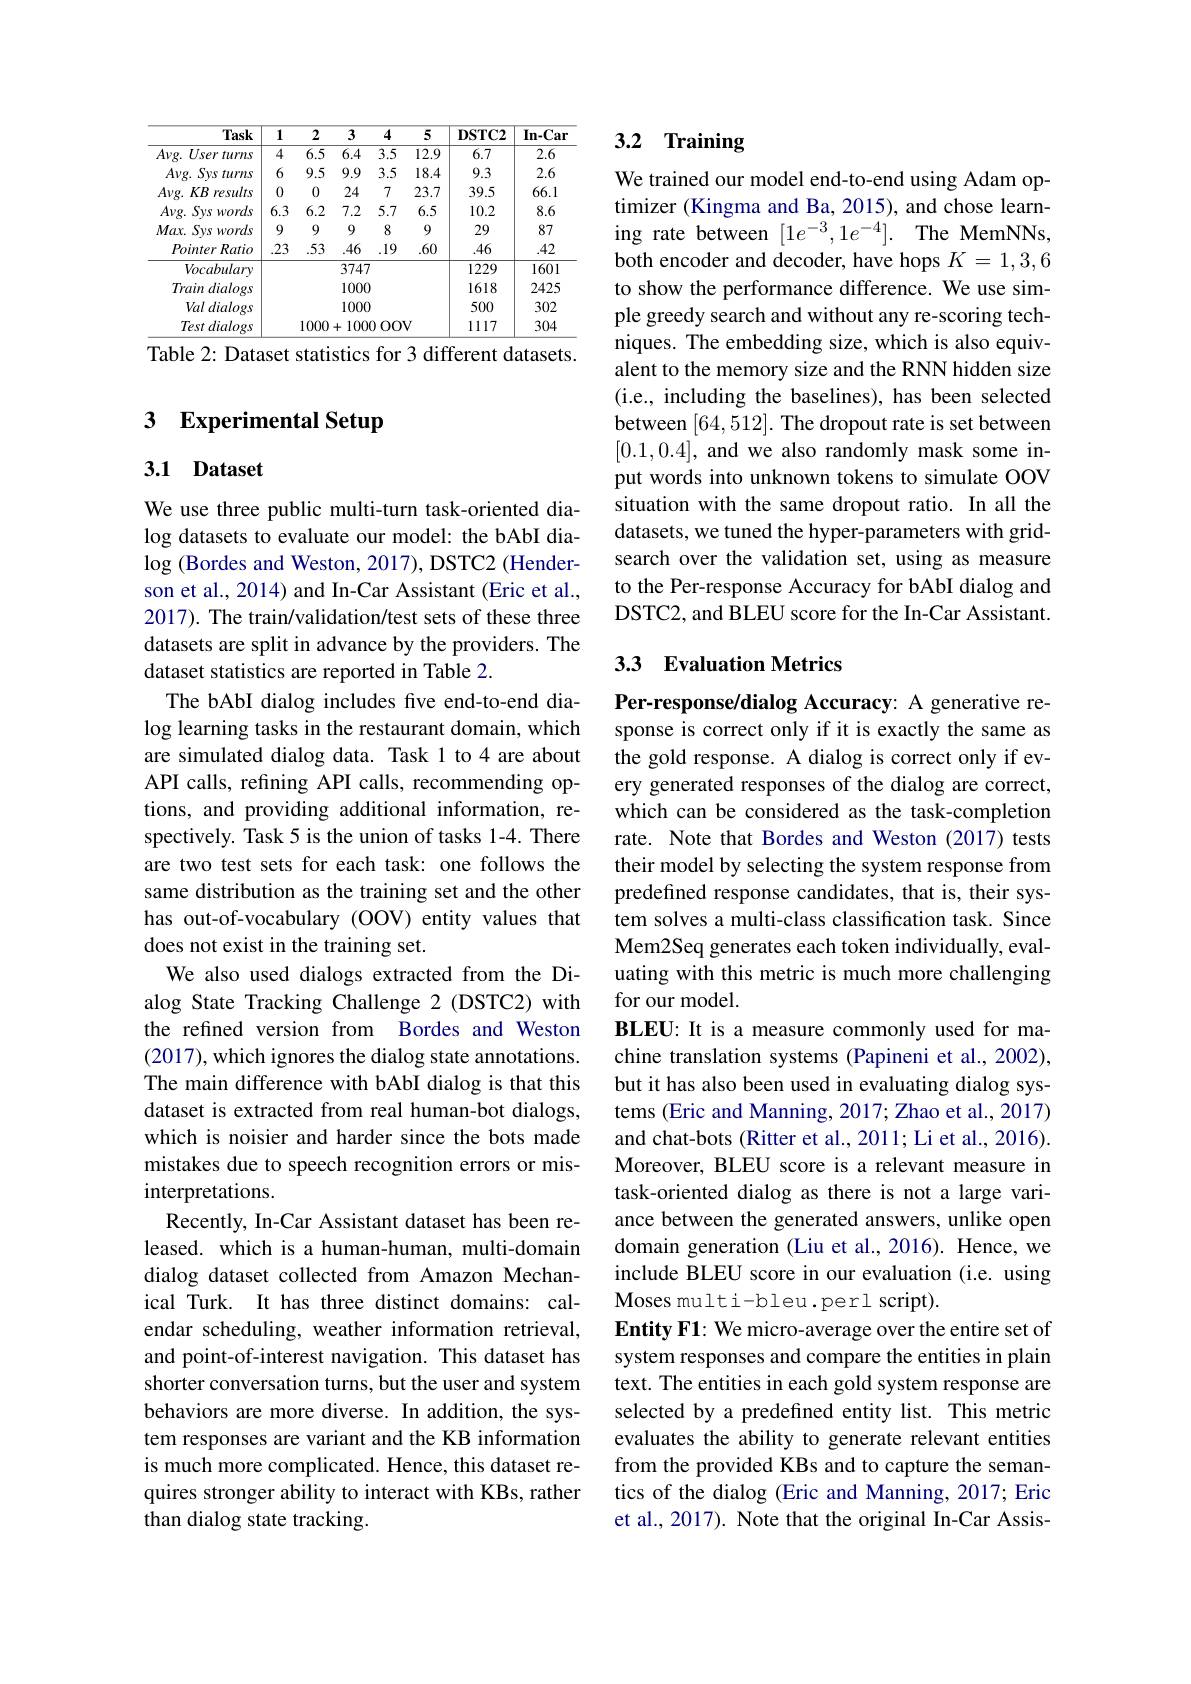
<table>
	<tbody>
		<tr>
			<th>Task</th>
			<th>1</th>
			<th>2</th>
			<th>3</th>
			<th>4</th>
			<th>$\overline{5}$</th>
			<th>$\mathbf{DSTC2}$</th>
			<th>$\mathbf{In-Car}$</th>
		</tr>
		<tr>
			<td>$A\nu g.$ User turns</td>
			<td>4</td>
			<td>$\overline{6.5}$</td>
			<td>6.4</td>
			<td>$\overline{3.5}$</td>
			<td>12.9</td>
			<td>6.7</td>
			<td>2.6</td>
		</tr>
		<tr>
			<td>Sys turns $A\nu g.$</td>
			<td>6</td>
			<td>9.5</td>
			<td>9.9</td>
			<td>3.5</td>
			<td>18.4</td>
			<td>9.3</td>
			<td>2.6</td>
		</tr>
		<tr>
			<td>$A\nu g.$ $KB$ results</td>
			<td>0</td>
			<td>0</td>
			<td>24</td>
			<td>7</td>
			<td>23.7</td>
			<td>39.5</td>
			<td>66.1</td>
		</tr>
		<tr>
			<td>$A\nu g.$ Sys s words </td>
			<td>6.3</td>
			<td>6.2</td>
			<td>7.2</td>
			<td>5.7</td>
			<td>6.5</td>
			<td>10.2</td>
			<td>8.6</td>
		</tr>
		<tr>
			<td>Max Sys words</td>
			<td>9</td>
			<td>9</td>
			<td>9</td>
			<td>8</td>
			<td>9</td>
			<td>29</td>
			<td>87</td>
		</tr>
		<tr>
			<td>Pointer Ratio</td>
			<td>.23</td>
			<td>53</td>
			<td>.46</td>
			<td>19</td>
			<td>.60</td>
			<td>.46</td>
			<td>.42</td>
		</tr>
		<tr>
			<td>Vocabulary</td>
			<td> </td>
			<td> </td>
			<td>3747</td>
			<td> </td>
			<td> </td>
			<td>1229</td>
			<td>1601</td>
		</tr>
		<tr>
			<td>Train dialogs $\frac{1}{2}=\frac{1}{2}$</td>
			<td> </td>
			<td> </td>
			<td>1000</td>
			<td> </td>
			<td> </td>
			<td>1618</td>
			<td>2425</td>
		</tr>
		<tr>
			<td>Val dialogs</td>
			<td> </td>
			<td> </td>
			<td>1000</td>
			<td> </td>
			<td> </td>
			<td>500</td>
			<td>302</td>
		</tr>
		<tr>
			<td>Test dialogs</td>
			<td> </td>
			<td>1000</td>
			<td>100 +</td>
			<td>0000</td>
			<td>$v$</td>
			<td>1117</td>
			<td>304</td>
		</tr>
	</tbody>
</table>
Table 2: Dataset statistics for 3 different datasets.

### 3 $\textbf{Experimental Setup}$

### 3.1 Dataset

We use three public multi-turn task-oriented dialog datasets to evaluate our model: the bAbI dialog (Bordes and Weston, 2017), DSTC2 (Henderson et al., 2014) and In-Car Assistant (Eric et al., 2017). The train/validation/test sets of these three datasets are split in advance by the providers. The dataset statistics are reported in Table 2.
The bAbI dialog includes five end-to-end dialog learning tasks in the restaurant domain, which are simulated dialog data. Task 1 to 4 are about API calls, refining API calls, recommending options, and providing additional information, respectively. Task 5 is the union of tasks 1-4. There are two test sets for each task: one follows the same distribution as the training set and the other has out-of-vocabulary (OOV) entity values that does not exist in the training set.
We also used dialogs extracted from the Dialog State Tracking Challenge 2 (DSTC2) with the refined version from Bordes and Weston (2017),which ignores the dialog state annotations. The main difference with bAbI dialog is that this dataset is extracted from real human-bot dialogs, which is noisier and harder since the bots made mistakes due to speech recognition errors or misinterpretations.
Recently, In-Car Assistant dataset has been released. which is a human-human, multi-domain dialog dataset collected from Amazon Mechanical Turk. It has three distinct domains: calendar scheduling, weather information retrieval, and point-of-interest navigation. This dataset has shorter conversation turns, but the user and system behaviors are more diverse. In addition, the system responses are variant and the KB information is much more complicated. Hence, this dataset requires stronger ability to interact with KBs, rather than dialog state tracking.

# 3.2 Training

We trained our model end-to-end using Adam optimizer (Kingma and Ba, 2015), and chose learning rate between $[1e^{-3},1e^{-4}].$ The MemNNs, both encoder and decoder, have hops $K=1,3,6$ to show the performance difference. We use simple greedy search and without any re-scoring techniques. The embedding size, which is also equivalent to the memory size and the RNN hidden size (i.e., including the baselines), has been selected between [64,512]. The dropout rate is set between [0.1,0.4], and we also randomly mask some input words into unknown tokens to simulate OOV situation with the same dropout ratio. In all the datasets, we tuned the hyper-parameters with gridsearch over the validation set, using as measure to the Per-response Accuracy for bAbI dialog and DSTC2, and BLEU score for the In-Car Assistant.

## 3.3 Evaluation Metrics

Per-response/dialog Accuracy: A generative response is correct only if it is exactly the same as the gold response. A dialog is correct only if every generated responses of the dialog are correct, which can be considered as the task-completion rate. Note that Bordes and Weston (2017) tests their model by selecting the system response from predefined response candidates, that is, their system solves a multi-class classification task. Since Mem2Seq generates each token individually, evaluating with this metric is much more challenging for our model.
BLEU: It is a measure commonly used for machine translation systems (Papineni et al., 2002), but it has also been used in evaluating dialog systems (Eric and Manning, 2017; Zhao et al., 2017) and chat-bots (Ritter et al., 2011; Li et al., 2016). Moreover, BLEU score is a relevant measure in task-oriented dialog as there is not a large variance between the generated answers, unlike open domain generation (Liu et al., 2016). Hence, we include BLEU score in our evaluation (i.e. using Moses multi-bleu.perl script).
Entity F1: We micro-average over the entire set of system responses and compare the entities in plain text. The entities in each gold system response are selected by a predefined entity list. This metric evaluates the ability to generate relevant entities from the provided KBs and to capture the semantics of the dialog (Eric and Manning, 2017; Eric et al., 2017). Note that the original In-Car Assis-